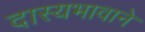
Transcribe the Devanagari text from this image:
दास्यभावाने